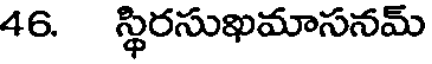
46. స్థిరసుఖమాసనమ్